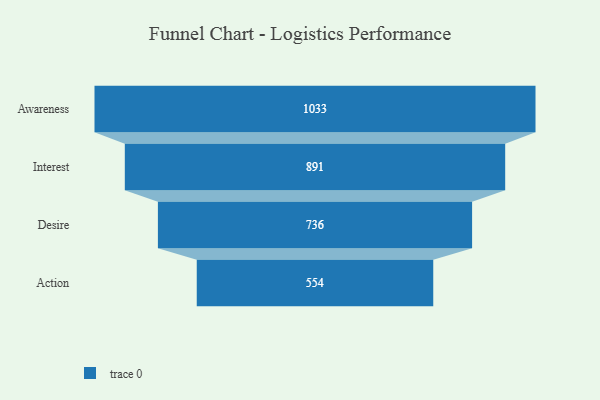
{"axis": {"x": "Stage", "y": "Value"}, "legend": [""], "data": [{"x": "Awareness", "y": 1033.0, "type": ""}, {"x": "Interest", "y": 891.0, "type": ""}, {"x": "Desire", "y": 736.0, "type": ""}, {"x": "Action", "y": 554.0, "type": ""}]}